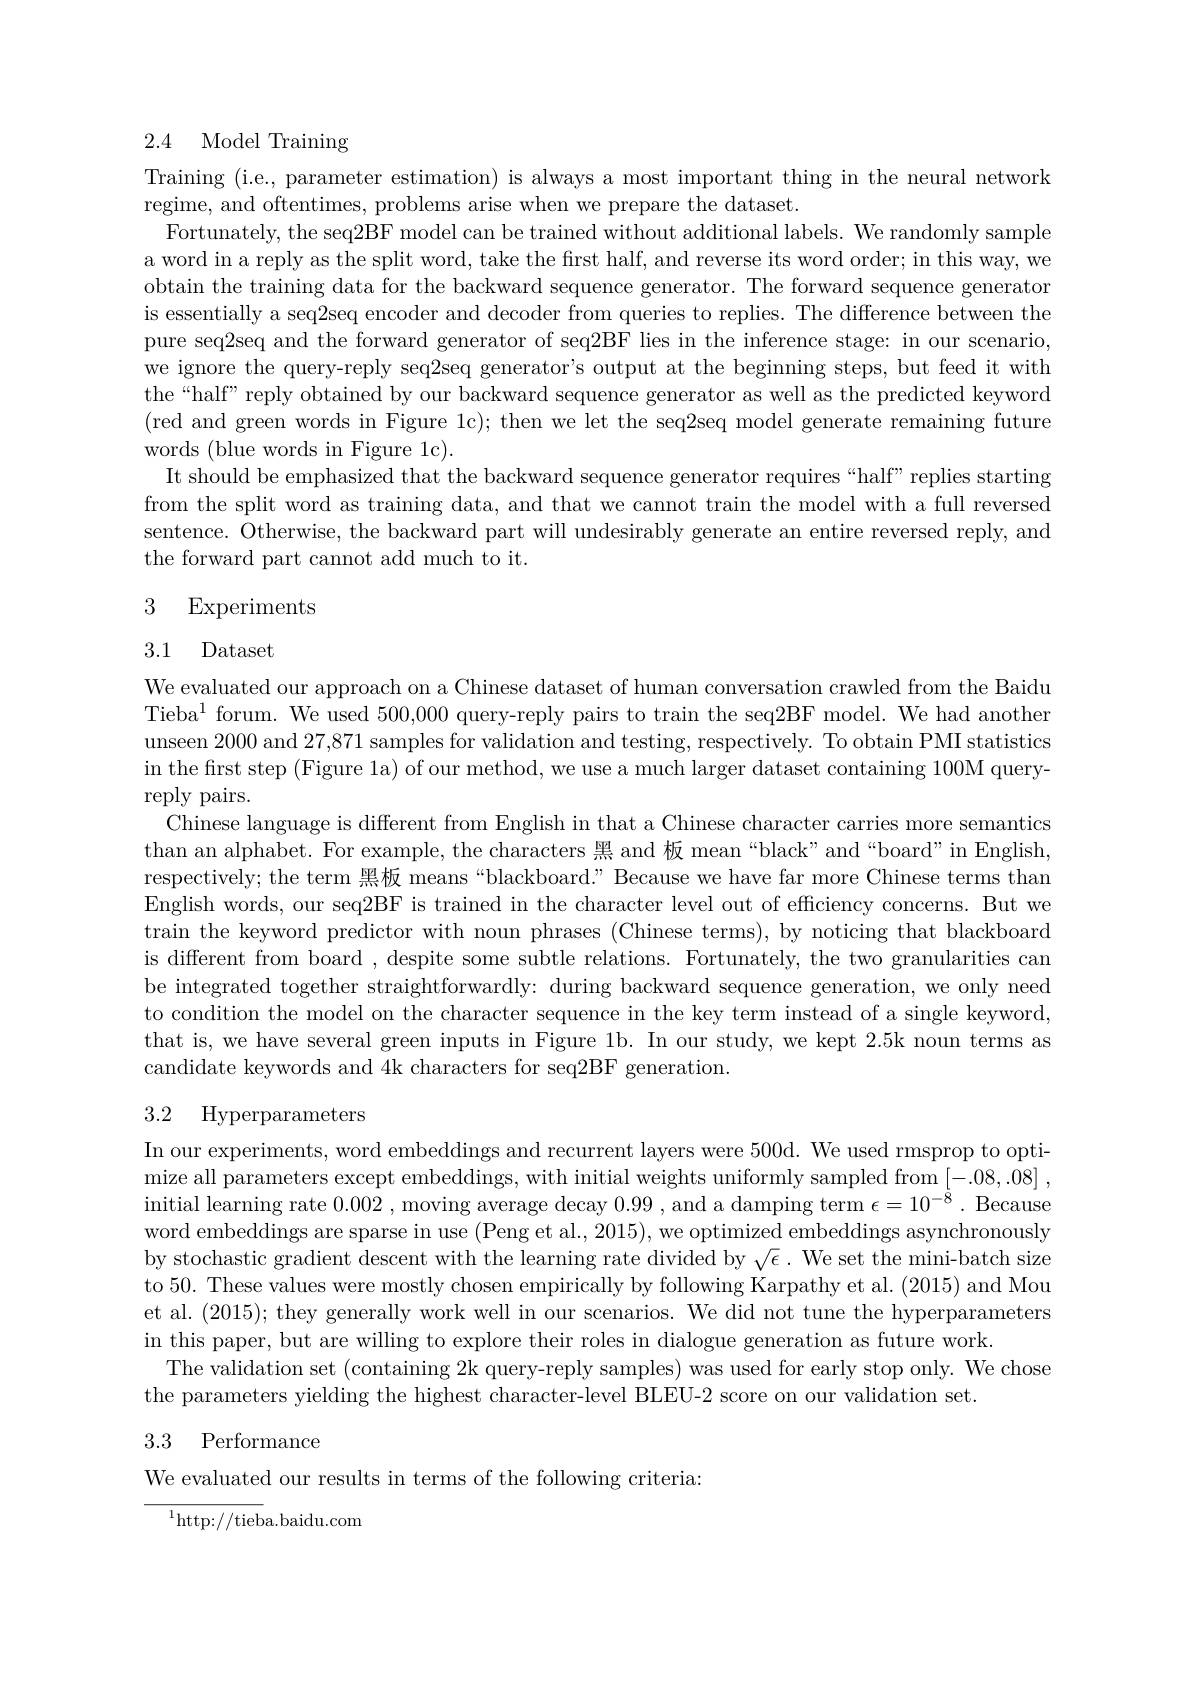
## 2.4 Model Training

Training (i.e., parameter estimation) is always a most important thing in the neural network
regime, and oftentimes, problems arise when we prepare the dataset.
Fortunately, the seq2BF model can be trained without additional labels. We randomly sample a word in a reply as the split word, take the first half, and reverse its word order; in this way, we obtain the training data for the backward sequence generator. The forward sequence generator is essentially a seq2seq encoder and decoder from queries to replies. The difference between the pure seq2seq and the forward generator of seq2BF lies in the inference stage: in our scenario, we ignore the query-reply seq2seq generator's output at the beginning steps, but feed it with the“half” reply obtained by our backward sequence generator as well as the predicted keyword (red and green words in Figure 1c); then we let the seq2seq model generate remaining future words (blue words in Figure 1c).
It should be emphasized that the backward sequence generator requires “half”replies starting from the split word as training data, and that we cannot train the model with a full reversed sentence. Otherwise, the backward part will undesirably generate an entire reversed reply, and the forward part cannot add much to it.

## 3 Experiments

## 3.1 Dataset

We evaluated our approach on a Chinese dataset of human conversation crawled from the Baidu Tieba$^1$ forum. We used 500,000 query-reply pairs to train the seq2BF model. We had another unseen 2000 and 27,871 samples for validation and testing, respectively. To obtain PMI statistics in the first step (Figure la) of our method, we use a much larger dataset containing 100M queryreply pairs.
Chinese language is different from English in that a Chinese character carries more semantics than an alphabet. For example, the characters 黑 and 板 mean “black”and“board”in English, respectively; the term 黑板 means“blackboard.” Because we have far more Chinese terms than English words, our seq2BF is trained in the character level out of efficiency concerns. But we train the keyword predictor with noun phrases (Chinese terms), by noticing that blackboard is different from board , despite some subtle relations. Fortunately, the two granularities can be integrated together straightforwardly: during backward sequence generation, we only need to condition the model on the character sequence in the key term instead of a single keyword, that is, we have several green inputs in Figure 1b. In our study, we kept 2.5k noun terms as candidate keywords and 4k characters for seq2BF generation.

## 3.2 Hyperparameters

In our experiments, word embeddings and recurrent layers were 500d. We used rmsprop to optimize all parameters except embeddings, with initial weights uniformly sampled from [-.08,.08] , $\begin{aligned}\text{initial learning rate }0.002,\text{moving average decay }0.99,\text{and a damping term }\epsilon=10^{-8}.\text{ Because}\end{aligned}$ word embeddings are sparse in use (Peng et al., 2015), we optimized embeddings asynchronously by stochastic gradient descent with the learning rate divided by $\sqrt{\epsilon}.$ We set the mini-batch size to 50. These values were mostly chosen empirically by following Karpathy et al. (2015) and Mou et al. (2015); they generally work well in our scenarios. We did not tune the hyperparameters in this paper, but are willing to explore their roles in dialogue generation as future work.
The validation set (containing 2k query-reply samples) was used for early stop only. We chose
the parameters yielding the highest character-level BLEU-2 score on our validation set.
3.3 Performance

We evaluated our results in terms of the following criteria:

$^{1}$http://tieba.baidu.com